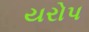
યરોપ